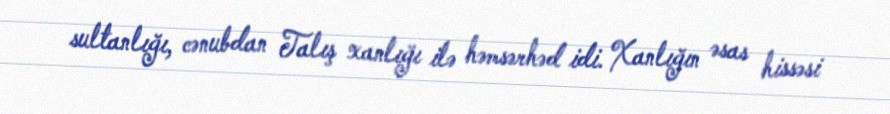
sultanlığı, cənubdan Talış xanlığı ilə həmsərhəd idi. Xanlığın əsas hissəsi